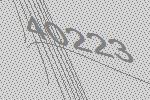
40223